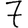
Digit: 7